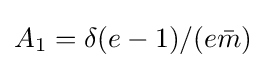
A_{1}=\delta (e-1)/(e{\bar {m}})